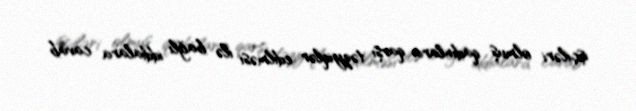
işçiləri olmuş qadınlara qarşı təzyiqlər edilməsi ilə bağlı iddialara cavab